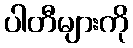
ပါတီများကို